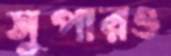
সুপারও